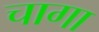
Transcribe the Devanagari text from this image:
चागा